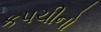
કપચીનો